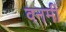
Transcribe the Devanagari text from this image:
वनमीं